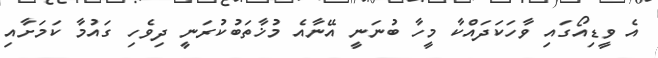
އެ ވީޑިއޯގައި ވާހަކަދައްކާ މީހާ ބުނަނީ އޭނާއެ މުޚާތަބުކުރަނީ ދިވެހި ގައުމާ ކަމަށާއި